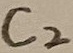
Text: C2